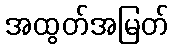
အထွတ်အမြတ်